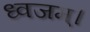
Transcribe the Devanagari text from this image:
ध्वजम्।